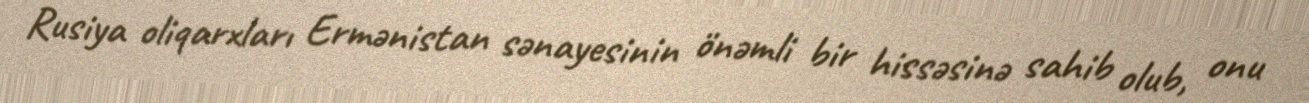
Rusiya oliqarxları Ermənistan sənayesinin önəmli bir hissəsinə sahib olub, onu